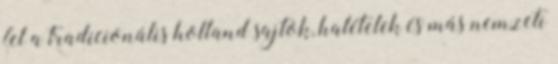
fel a tradicionális holland sajtok, halételek és más nemzeti